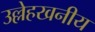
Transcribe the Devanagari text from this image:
उल्लेहखनीय